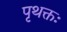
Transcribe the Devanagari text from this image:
पृथक्तः